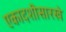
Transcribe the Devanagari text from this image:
एकादशीसारखे